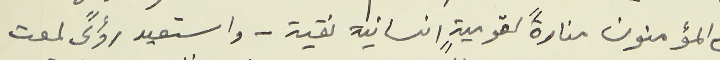
المؤمنون منارةً لقوميةٍ انسانية نقية – واستعيد رؤىً لمعت